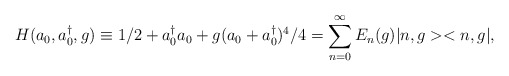
\begin{align*}H(a_0,a^{\dag }_0,g) \equiv 1/2+a^{\dag }_0 a_0+g(a_0+a^{\dag }_0)^{4}/4=\sum _{n=0}^{\infty }E_{n}(g)|n,g><n,g|,\end{align*}